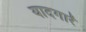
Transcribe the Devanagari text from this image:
यादगारें